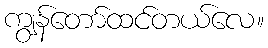
ကျွန်တော်ထင်တယ်လေ။